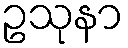
ဥသုနာ